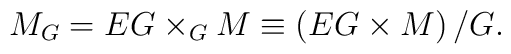
M_{G} = EG \times_{G} M \equiv \left(EG \times M\right)/G.